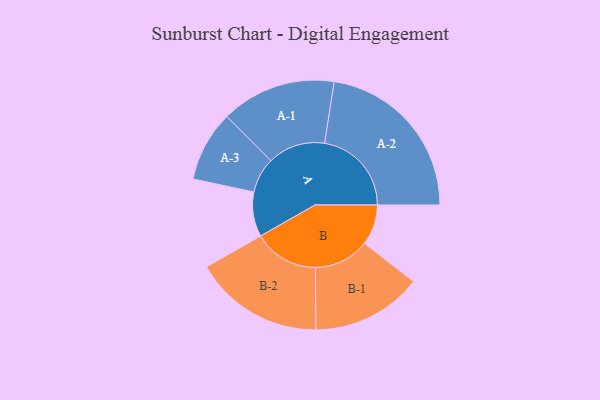
{"axis": {"x": "Segment", "y": "Value"}, "legend": ["", "A", "B"], "data": [{"x": "A", "y": 149, "type": ""}, {"x": "B", "y": 135, "type": ""}, {"x": "A-1", "y": 192, "type": "A"}, {"x": "A-2", "y": 290, "type": "A"}, {"x": "A-3", "y": 118, "type": "A"}, {"x": "B-1", "y": 185, "type": "B"}, {"x": "B-2", "y": 217, "type": "B"}]}